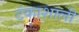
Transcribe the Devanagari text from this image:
टंकाशाली